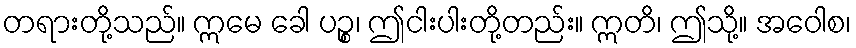
တရားတို့သည်။ ဣမေ ခေါ ပဉ္စ၊ ဤငါးပါးတို့တည်း။ ဣတိ၊ ဤသို့။ အဝေါစ၊